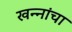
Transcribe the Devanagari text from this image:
खन्‍नांचा